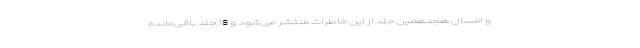
و امسال هجدهمین جلد از این خاطرات منتشر می‌شود و 18 جلد باقی‌مانده